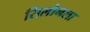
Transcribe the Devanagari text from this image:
सिलोनला